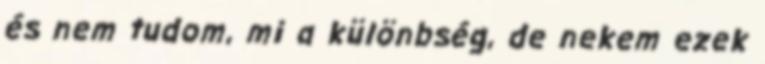
és nem tudom, mi a különbség, de nekem ezek